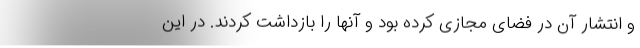
و انتشار آن در فضای مجازی کرده بود و آنها را بازداشت کردند. در این